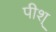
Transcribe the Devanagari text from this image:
पीश्